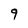
Character: 9